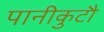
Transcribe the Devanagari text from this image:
पानीकुटौ